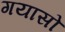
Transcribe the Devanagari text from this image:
गयासो